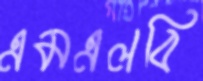
এমএলবি